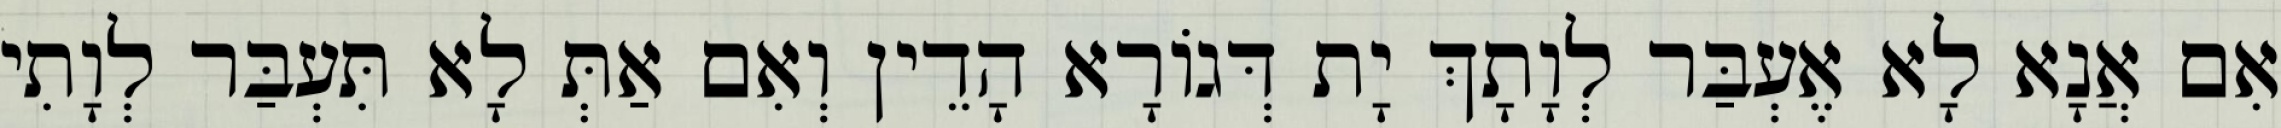
אִם אֲנָא לָא אֶעְבַּר לְוָתָךְ יָת דְּגוֹרָא הָדֵין וְאִם אַתְּ לָא תִּעְבַּר לְוָתִי